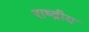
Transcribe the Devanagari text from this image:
राष्द्रीय